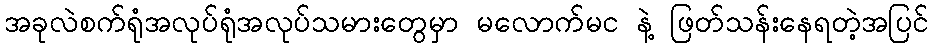
အခုလဲစက်ရုံအလုပ်ရုံအလုပ်သမားတွေမှာ မလောက်မင နဲ့ ဖြတ်သန်းနေရတဲ့အပြင်